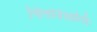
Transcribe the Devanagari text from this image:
चित्तविश्रान्तिः